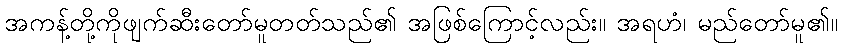
အကန့်တို့ကိုဖျက်ဆီးတော်မူတတ်သည်၏ အဖြစ်ကြောင့်လည်း။ အရဟံ၊ မည်တော်မူ၏။